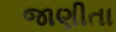
જાણીતા